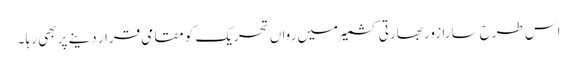
اس طرح سارا زور بھارتی کشمیر میں رواں تحریک کو مقامی قرار دینے پر بھی رہا ۔